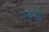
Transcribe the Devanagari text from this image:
यत्नपूर्ण